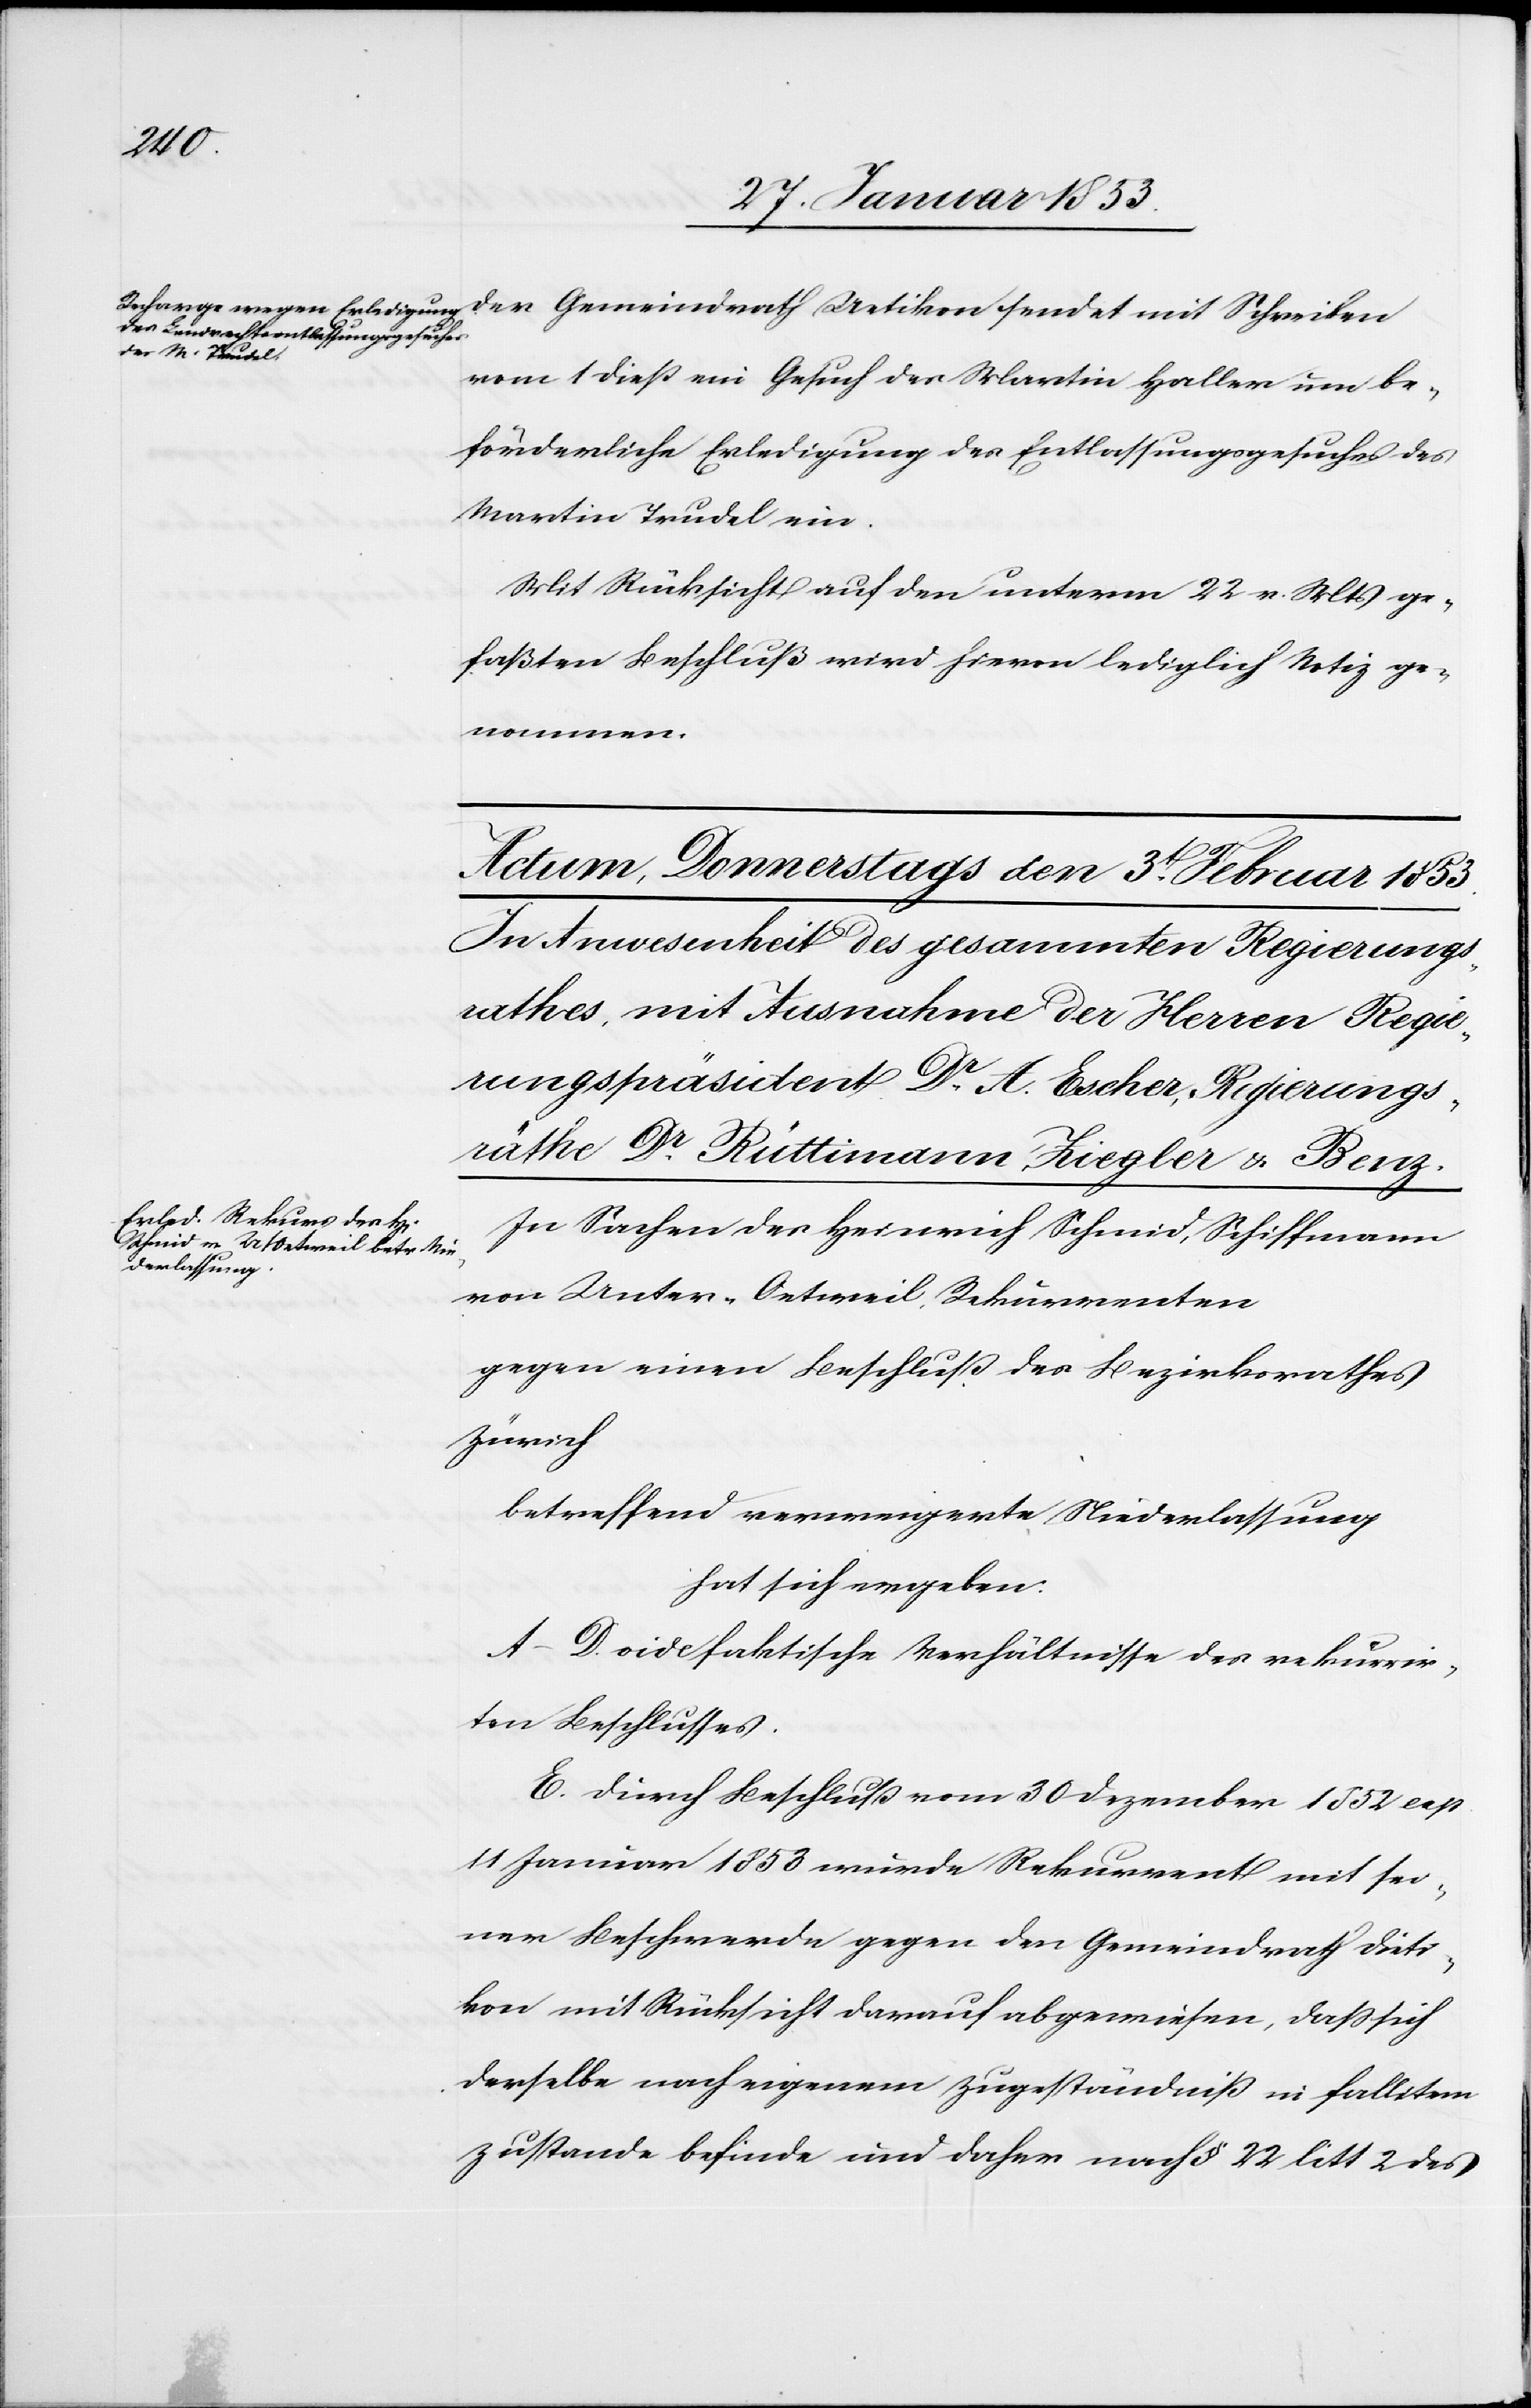
1853]

Der Gemeindrath Uetikon sendet mit Schreiben
vom 1 dieß ein Gesuch des Martin Haller um be¬
förderliche Erledigung des Entlassungsgesuchs des
Martin Trudel ein.
Mit Rücksicht auf den unterm 22 v. Mts. ge¬
faßten Beschluß wird hievon lediglich Notiz gen¬
ommen.
In Sachen des Heinrich Schmid, Schiffmann
von Unter-Oetweil, Rekurrenten
gegen einen Beschluß des Bezirksrathes
Zürich
betreffend verweigerte Niederlassung
hat sich ergeben:
A–D. vide faktische Verhältnisse des rekurrir¬
ten Beschlusses.
E. Durch Beschluß vom 30 Dezember 1852 resp.
11 Januar 1853 wurde Rekurrent mit sei¬
ner Beschwerde gegen den Gemeindrath Dieti¬
kon mit Rücksicht darauf abgewiesen, daß sich
derselbe nach eigenem Zugeständniß in fallitem
Zustande befinde und daher nach § 22 litt 2 des